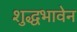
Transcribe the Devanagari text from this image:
शुद्धभावेन